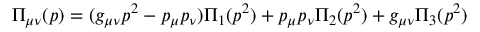
\Pi _ { \mu \nu } ( p ) = ( g _ { \mu \nu } p ^ { 2 } - p _ { \mu } p _ { \nu } ) \Pi _ { 1 } ( p ^ { 2 } ) + p _ { \mu } p _ { \nu } \Pi _ { 2 } ( p ^ { 2 } ) + g _ { \mu \nu } \Pi _ { 3 } ( p ^ { 2 } )